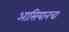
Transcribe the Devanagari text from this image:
आसियानचा